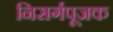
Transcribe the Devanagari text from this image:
निसर्गपूजक